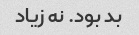
بد بود. نه زیاد